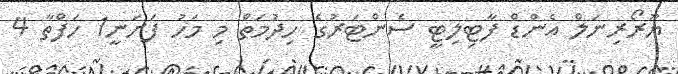
ޔޫރޯރިނަލް އެންޑް ފާޓިލިޓީ ސެންޓަރުގެ ހިދުމަތް މި މަހު ފަށަނީ1 ހަފްތާ 4